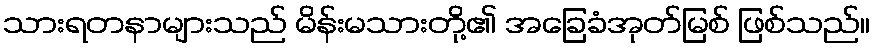
သားရတနာများသည် မိန်းမသားတို့၏ အခြေခံအုတ်မြစ် ဖြစ်သည်။